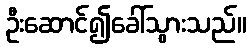
ဦးဆောင်၍ခေါ်သွားသည်။